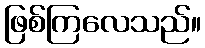
ဖြစ်ကြလေသည်။